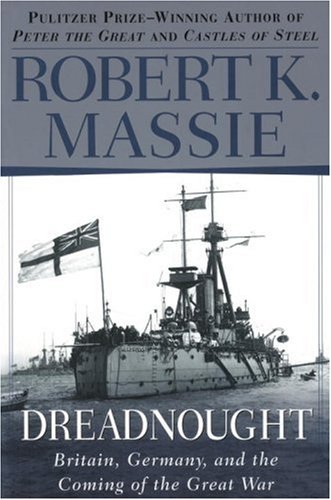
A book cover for Dreadnought; Robert K. Massie; Biographies & Memoirs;